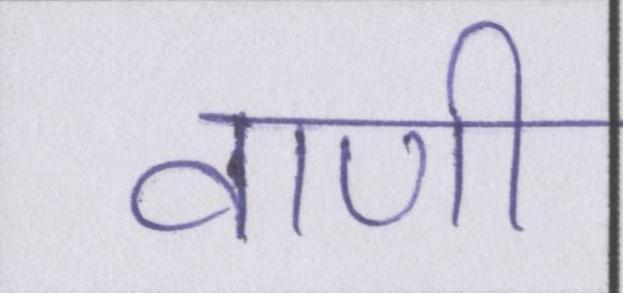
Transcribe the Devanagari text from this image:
वाणी